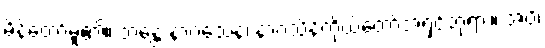
မိန့်တော်မူ၏။ ဘန္တေ နာဂသေန၊ နာဂသိန်ကိုယ်တော်အရှင်ဘုရား။ အပိ၊